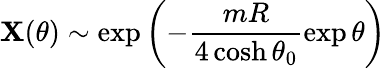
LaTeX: \mathbf{X}(\theta)\sim\exp\left(-\frac{{mR}}{{4\cosh\theta_{0}}}\exp\theta\right)